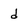
Character: d